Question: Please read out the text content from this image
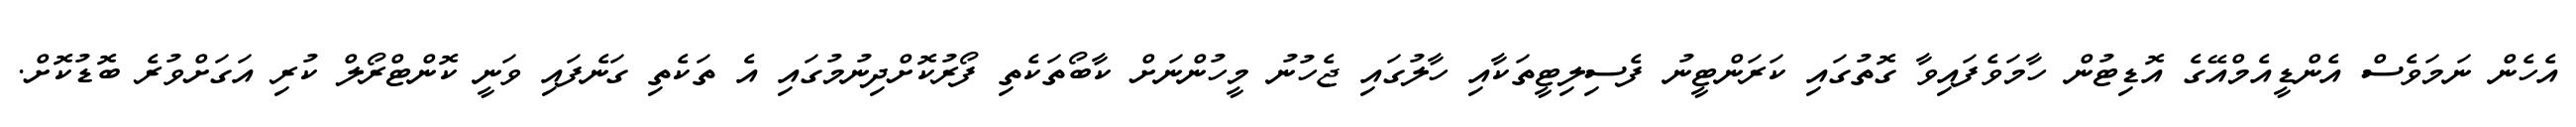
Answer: އެހެން ނަމަވެސް އެންޑީއެމްއޭގެ އޮޑިޓުން ހާމަވެފައިވާ ގޮތުގައި ކަރަންޓީނު ފެސިލިޓީތަކާއި ހާލުގައި ޖެހުނު މީހުންނަށް ކާބޯތަކެތި ފޯރުކޮށްދިނުމުގައި އެ ތަކެތި ގަނެފައި ވަނީ ކޮންޓްރޯލް ކުރި އަގަށްވުރެ ބޮޑުކޮށް.